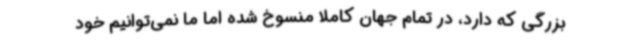
بزرگی که دارد، در تمام جهان کاملا منسوخ‌ شده اما ما نمی‌توانیم خود